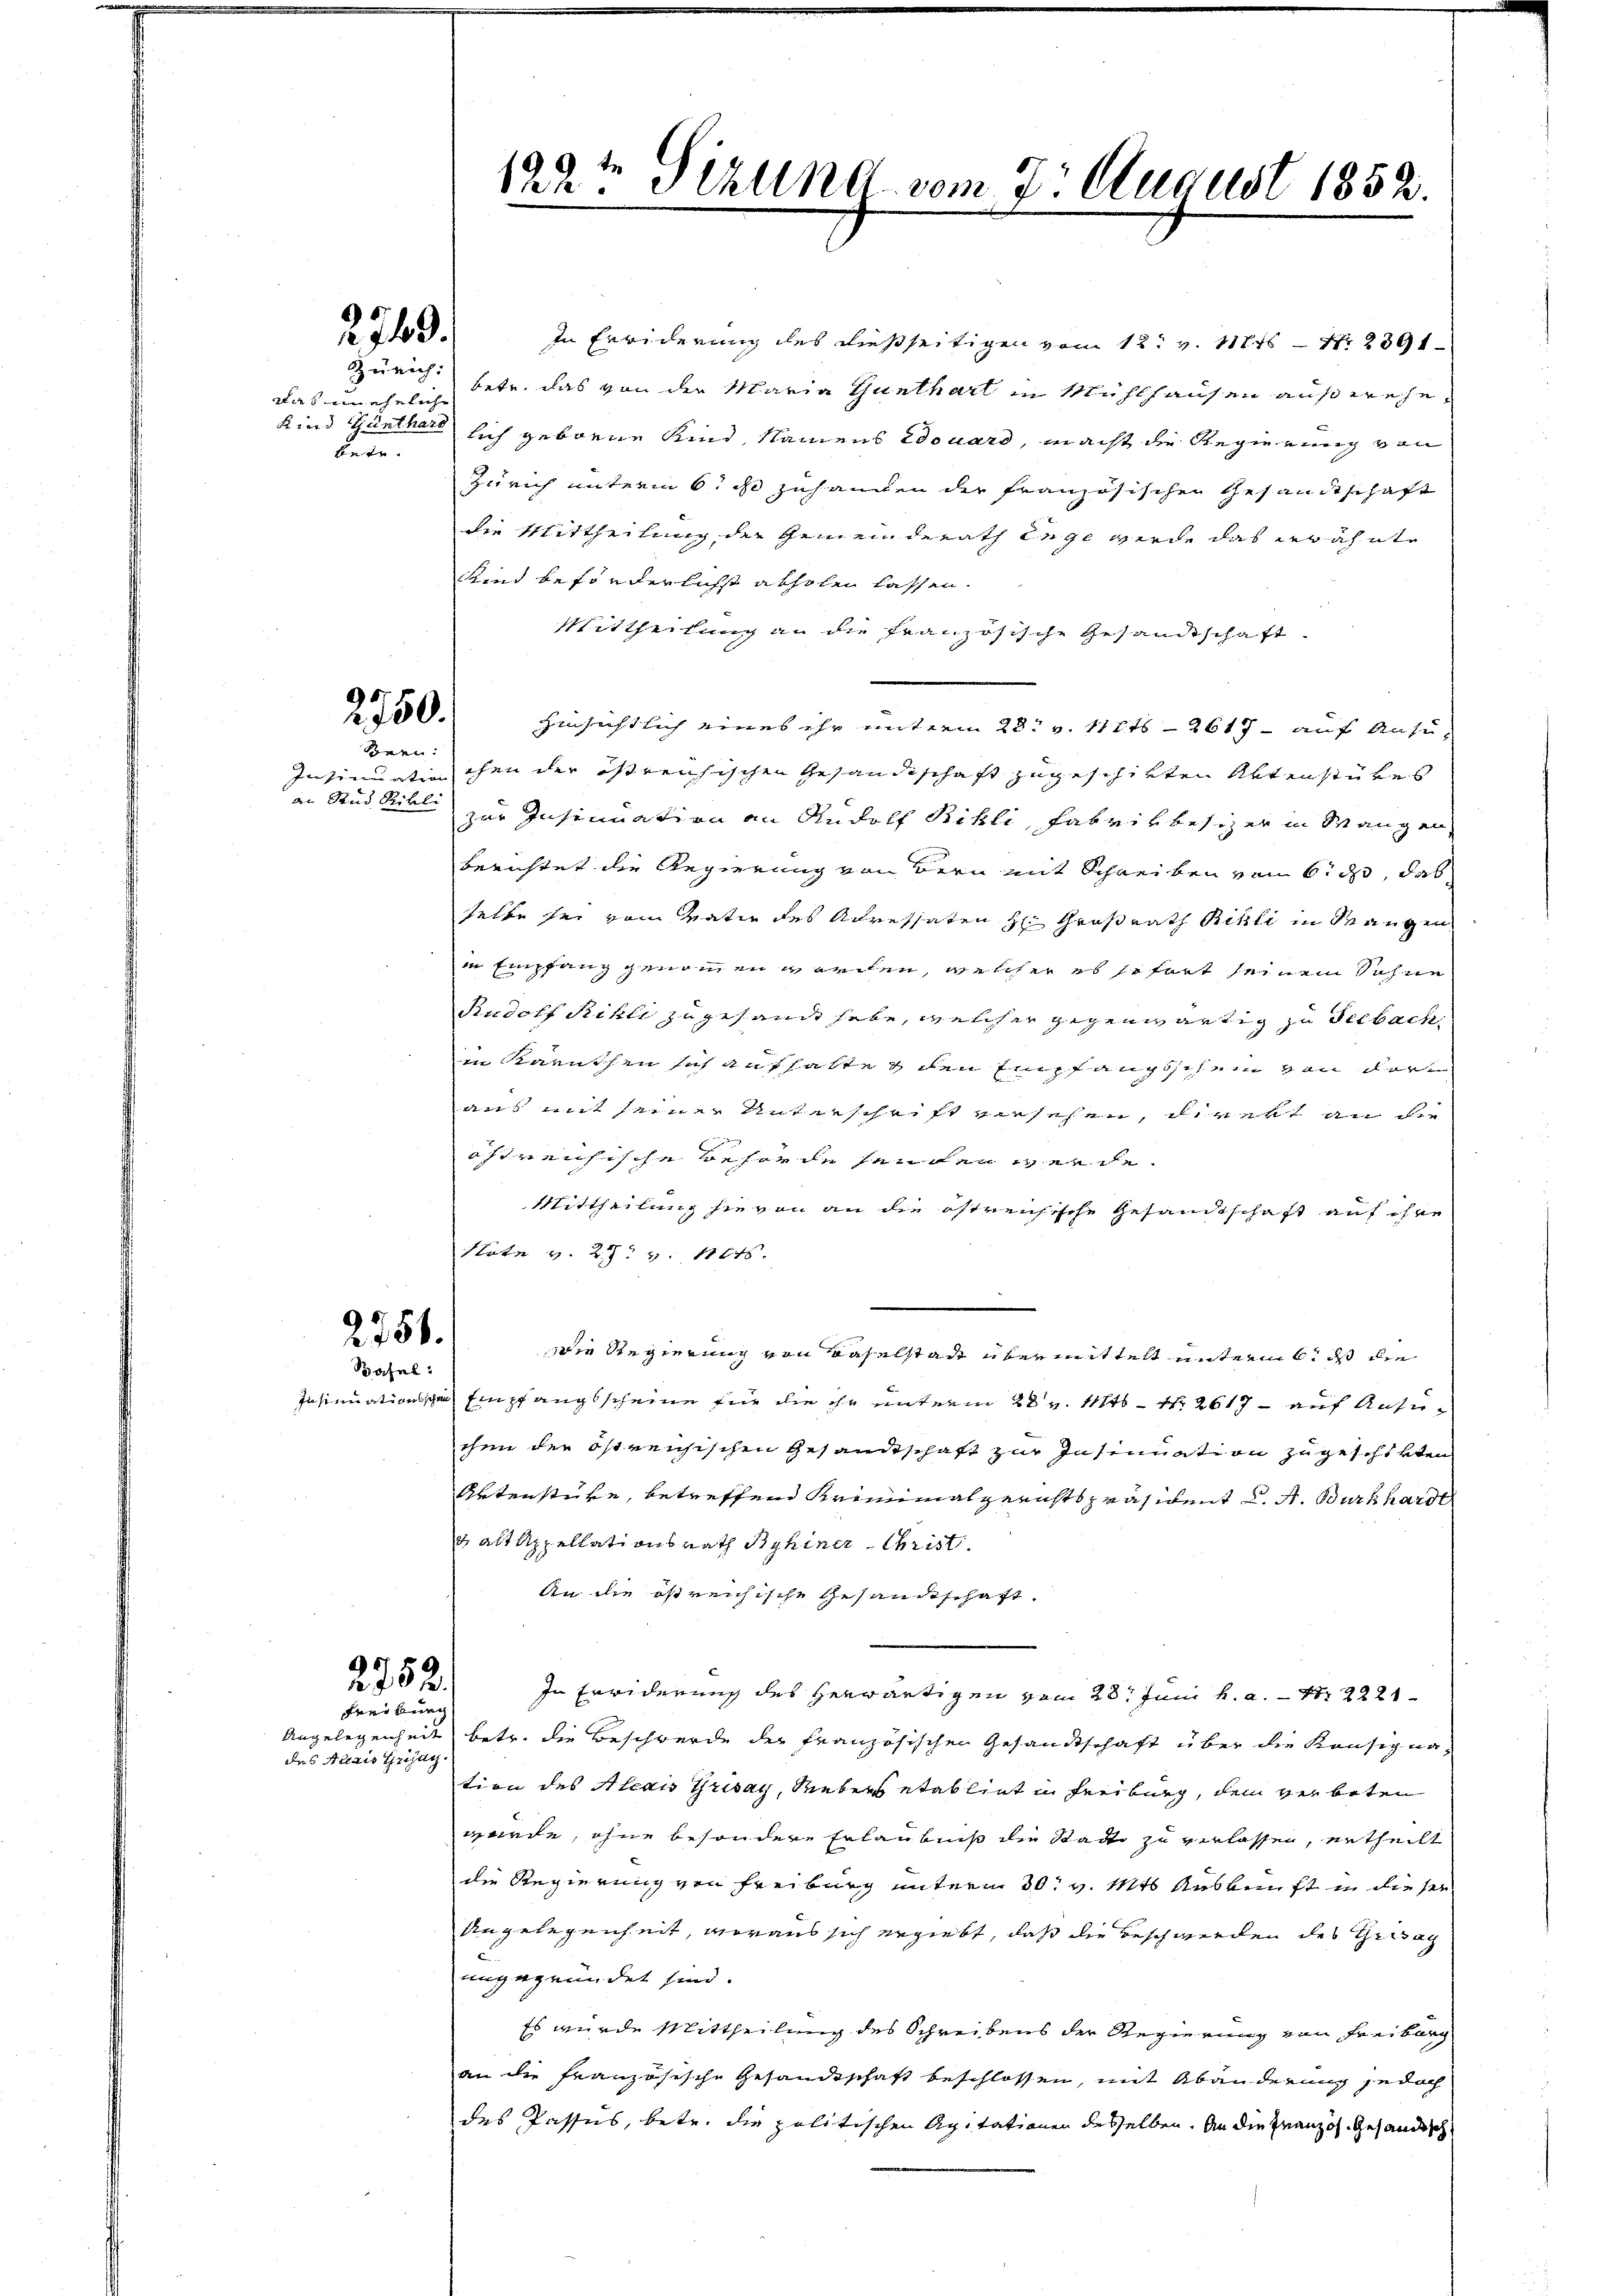
Zürich
das ein eheliche
Kind Günthard
betr.

2749.

2750.
Bern:

Insinuation
an Stud. Ribli

2756.

Basel

2752.
Freiburg

des Alexis Grisay.

In Erwiderung des dießseitigen vom 12. v. 1846 N. 2391
bete, das von der Maria Gunthart in Mühlhausen außerehelich geborne Kind, Namens douard, macht die Regierung von
Zürich unterm 6. ds zuhangen der französischen Gesandtschaft
die Mittheilung der Gemeinderath Enge werde das erwähnte
Kind beförderlichst abholen lassen.
Mittheilung an die französische Gesandtschaft
hinsichtlich eines ihr unterm 28. v. 111 2617 - auf Ansuchen der östreichischen Gesandtschaft zugeschikten Aktenstükes
zur Insinuation an Rudolf Rikli, Fabrikbesizer in Mangen
Berichtet die Regierung von Bern mit Schreiben von 6. ds, das
selbe sei vom Vativ des Adressaten H: Großrath Billi in Mangen
in Empfang genommen werden, welcher es sofort seinem Sohne
Rudolf Rihli zugesandt habe, welcher gegenwärtig zu Seebach,
in Karathen sich aufhalte & den Empfangsschein von dort
ans mit seiner Unterschrift versehen, direkt an die
östreichische Beherde senden werde.
Mittheilung sie von an die östrensische Gesandtschaft auf ihre
Stote v. 27. v. 1845.
die Regierung von Baselstadt übermittelt unterm 6. ds die
Insinuationsschen Empfangsscheine für die ihr unterm 28 v. Mts. N. 2617 - auf Anzuchen der östrenischen Gesandtschaft zur Insinuation zugeschirten
Artenstüre, betreffend Kriminalgerichtspräsident C. A. Burkhardt
 alt Appellationsrath Behiner Christ.
An die östreichische Gesandtschaft
In Erwiderung des Herwärtigen vom 28t Juni h. a. S. 2221
Angelegenheit betr. die Beschwerde der französischen Gesandtschaft über die Konsignation des Alois Grisay, Rebers etabliet in Freiburg, dem verboten
werde, ohne besondere Erlaubniß die Stadt zu verlassen, ertheilt
die Regierung von Freiburg unterm 30. v. Mts Auskunft in dieser
Angelegenheit, woraus sich ergiebt, daß die Beschwerden des Grisag
eingegründet sind.
Es wurde Mittheilung des Schreibens der Regierung von Freiburg
an die französische Gesandtschaft beschlossen, mit Abänderung jedoch
des Passus, betr. die politischen Agitationen desselben. An die Französ. Gesandtsch

192te Sizung vom 7. August 1853.